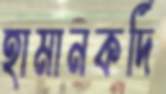
হামানকর্দি